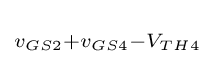
\scriptstyle v_{GS2}+v_{GS4}-V_{TH4}